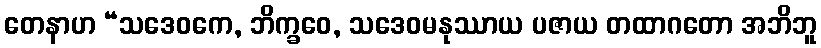
တေနာဟ “သဒေဝကေ, ဘိက္ခဝေ, သဒေဝမနုဿာယ ပဇာယ တထာဂတော အဘိဘူ